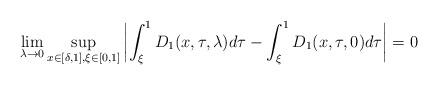
LaTeX: \begin{align*}\lim_{\lambda\to 0}\sup_{x\in [\delta,1], \xi\in[0,1]}\left|\int_\xi^1 D_1(x,\tau,\lambda)d\tau-\int_\xi^1D_1(x,\tau,0)d\tau\right|=0\end{align*}